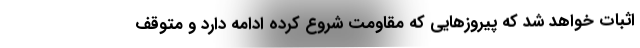
اثبات خواهد شد که پیروزهایی که مقاومت شروع کرده ادامه دارد و متوقف